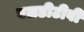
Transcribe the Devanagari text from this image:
एलडीटीवी